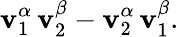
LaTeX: \mathbf{v}_{1}^{\alpha}\, \mathbf{v}_{2}^{\beta}-\mathbf{v}_{2}^{\alpha}\, \mathbf{v}_{1}^{\beta}.